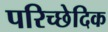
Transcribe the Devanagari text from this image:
परिच्छेदिक